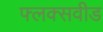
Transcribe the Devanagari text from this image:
फ्लक्सवीड